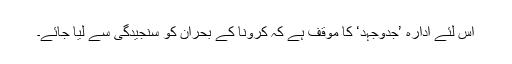
اس لئے ادارہ ’جدوجہد‘ کا موقف ہے کہ کرونا کے بحران کو سنجیدگی سے لیا جائے۔